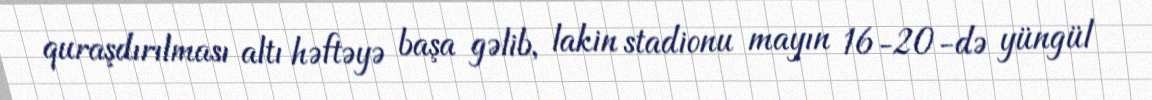
quraşdırılması altı həftəyə başa gəlib, lakin stadionu mayın 16-20-də yüngül